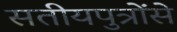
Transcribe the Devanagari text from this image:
सतीयपुत्रोंसे